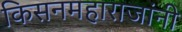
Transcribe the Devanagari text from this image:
किसनमहाराजांनी